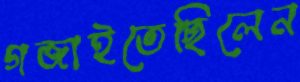
গজাইতেছিলেন